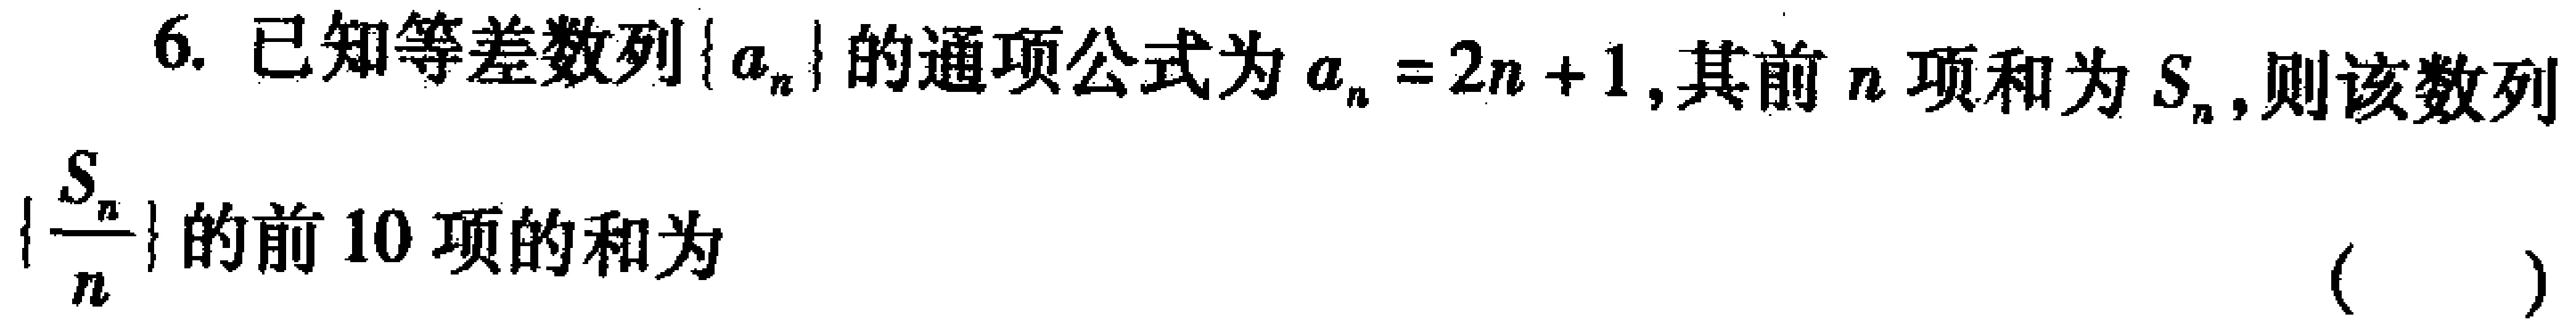
6. 已知等差数列\(\{ a_{n}\}\)的通项公式为\(a_{n}=2n + 1\),其前\(n\)项和为\(S_{n}\),则该数列\(\left\{\dfrac{S_{n}}{n}\right\}\)的前\(10\)项的和为 （  ）